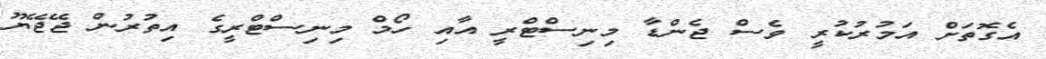
އެގޮތަށް އަމުރުކުރީ ވެސް ޖެންޑާ މިނިސްޓްރީ އާއި ހޯމް މިނިސްޓްރީގެ އިތުރުން ޖޭޖޭޔޫ